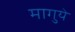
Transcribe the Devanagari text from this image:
मागुये